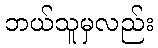
ဘယ်သူမှလည်း